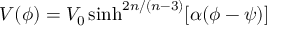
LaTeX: V ( \phi ) = V _ { 0 } \sinh ^ { 2 n / ( n - 3 ) } [ \alpha ( \phi - \psi ) ]